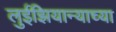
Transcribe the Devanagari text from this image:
लुईझियान्याच्या